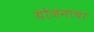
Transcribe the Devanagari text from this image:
योजनाचा